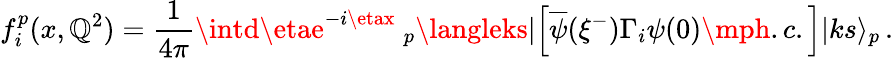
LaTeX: f_{i}^{p}(x,\mathbb{Q}^{2})={\frac{{1}}{{4\pi}}}\intd\etae^{-i\etax}~_{p}\langleks|\Big[\overline{{{{\psi}}}}(\xi^{-})\Gamma_{i}\psi(0)\mph.c.\Big]|ks\rangle_{p}\, .